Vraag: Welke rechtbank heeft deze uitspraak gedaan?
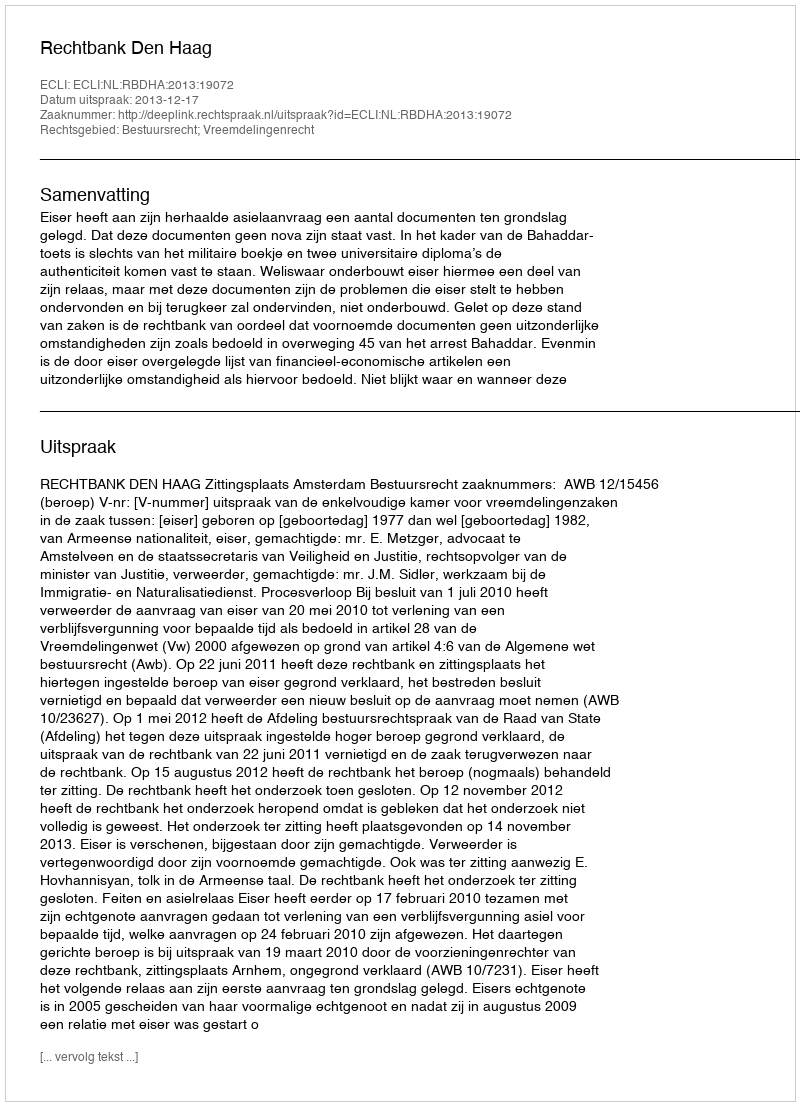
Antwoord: Rechtbank Den Haag